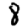
Digit: 8